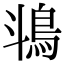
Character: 𬷄